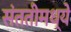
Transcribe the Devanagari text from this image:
संततीमध्ये